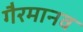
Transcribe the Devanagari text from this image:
गैरमानव